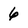
Character: 6